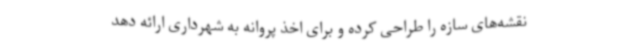
نقشه‌های سازه را طراحی کرده و برای اخذ پروانه به شهرداری ارائه دهد